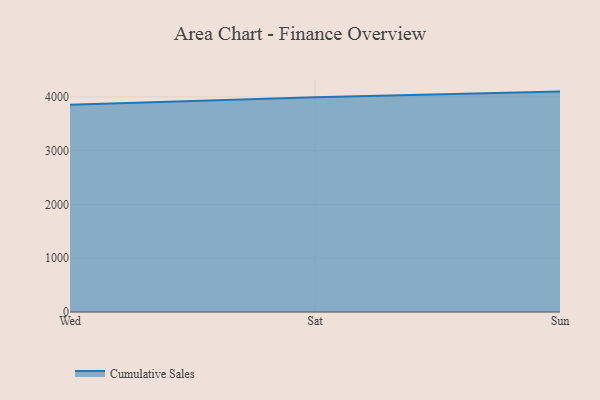
{"axis": {"x": "Day", "y": "Population (Million)"}, "legend": ["Cumulative Sales"], "data": [{"x": "Wed", "y": 3851.6, "type": "Cumulative Sales"}, {"x": "Sat", "y": 3991.1, "type": "Cumulative Sales"}, {"x": "Sun", "y": 4097.6, "type": "Cumulative Sales"}]}